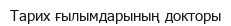
Тарих ғылымдарының докторы